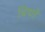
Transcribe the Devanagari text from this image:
बिद्महॆ